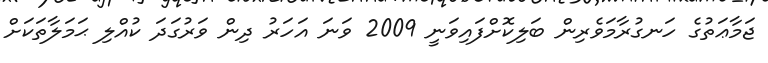
ޖަމާޢަތުގެ ހަނގުރާމަވެރިން ބަލިކޮށްފައިވަނީ 2009 ވަނަ އަހަރު ދިން ވަރުގަދަ ކުއްލި ޙަމަލާތަކަށް